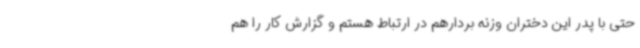
حتی با پدر این دختران وزنه بردارهم در ارتباط هستم و گزارش کار را هم